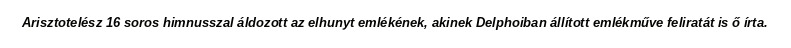
Arisztotelész 16 soros himnusszal áldozott az elhunyt emlékének, akinek Delphoiban állított emlékműve feliratát is ő írta.